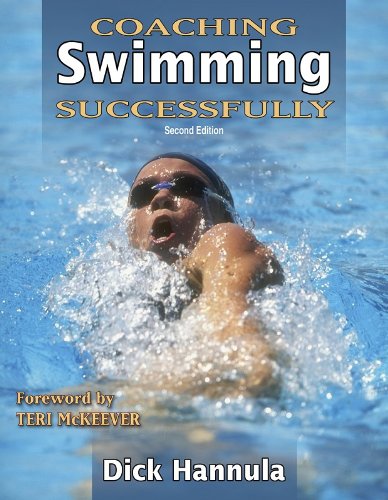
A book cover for Coaching Swimming Successfully - 2nd Edition (Coaching Successfully Series); Dick Hannula; Health, Fitness & Dieting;